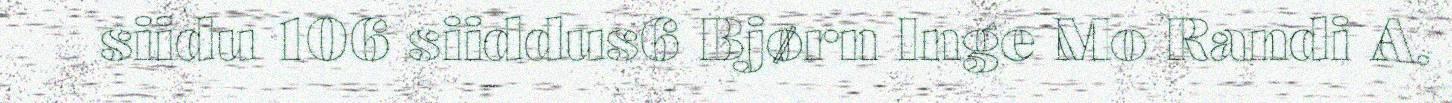
siidu 106 siiddus6 Bjørn Inge Mo Randi A.